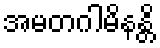
အမတဂါမိနန္တိ